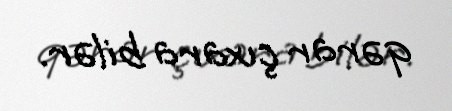
qərar çıxara bilər.